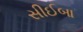
સીઈબા